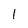
Character: 1